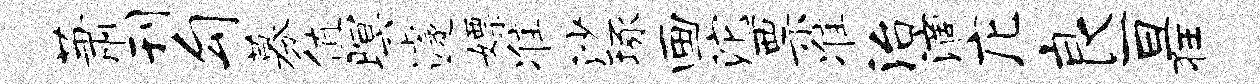
萧刊勾募值暝遽嫖准沙琢画沱票准治滴庀良亘狂